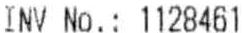
INV NO. : 1128461